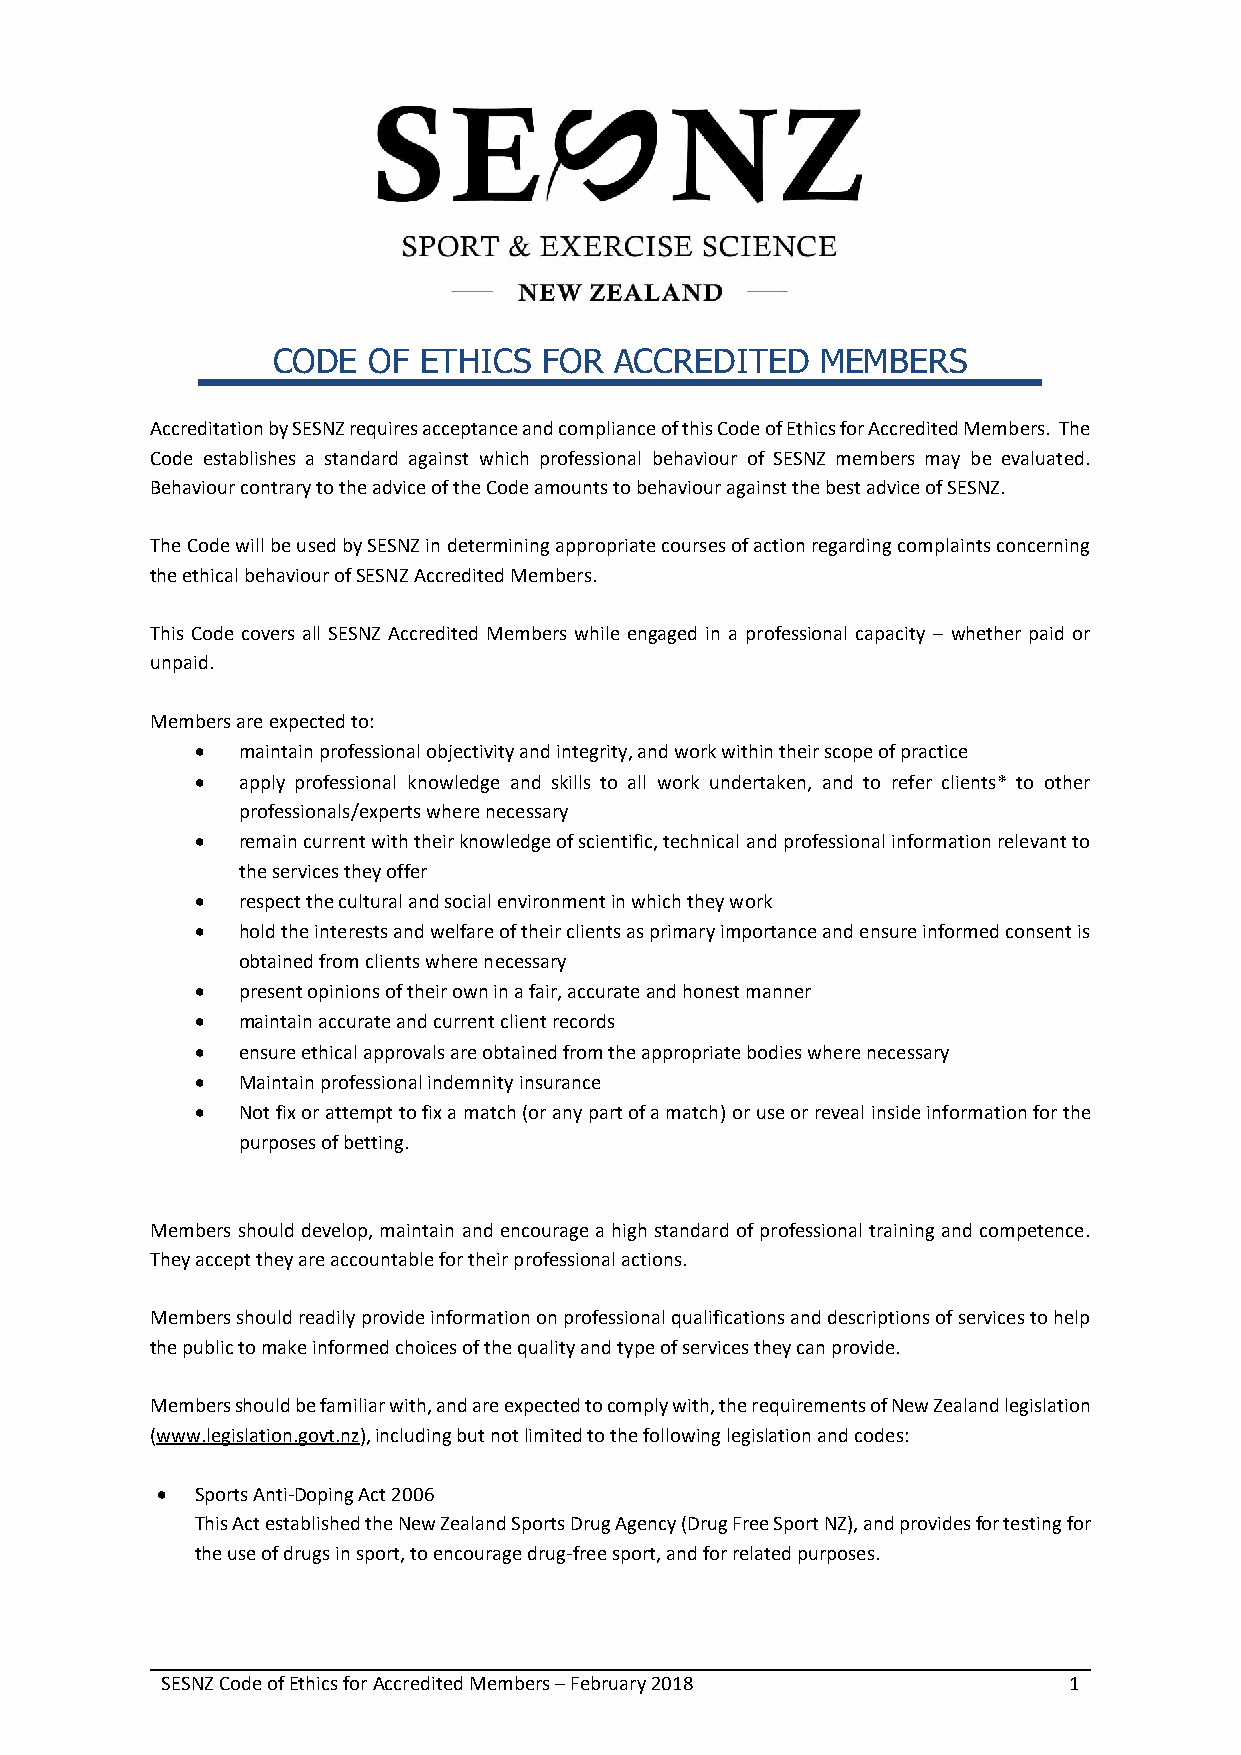
CODE  OF  ETHICS  FOR  ACCREDITED   MEMBERS
 Accreditation by SESNZ requires acceptance and compliance of this Code of Ethics for Accredited Members. The
 Code establishes a standard against which professional behaviour of SESNZ members may be evaluated.
 Behaviour contrary to the advice of the Code amounts to behaviour against the best advice of SESNZ.
 The Code will be used by SESNZ in determining appropriate courses of action regarding complaints concerning
 the ethical behaviour of SESNZ Accredited Members.
 This Code covers all SESNZ Accredited Members while engaged in a professional capacity – whether paid or
 unpaid.
 Members are expected to:
 •  maintain professional objectivity and integrity, and work within their scope of practice
 •  apply professional knowledge and skills to all work undertaken, and to refer clients* to other
 professionals/experts where necessary
 •  remain current with their knowledge of scientific, technical and professional information relevant to
 the services they offer
 •  respect the cultural and social environment in which they work
 •  hold the interests and welfare of their clients as primary importance and ensure informed consent is
 obtained from clients where necessary
 •  present opinions of their own in a fair, accurate and honest manner
 •  maintain accurate and current client records
 •  ensure ethical approvals are obtained from the appropriate bodies where necessary
 •  Maintain professional indemnity insurance
 •  Not fix or attempt to fix a match (or any part of a match) or use or reveal inside information for the
 purposes of betting.
 Members should develop, maintain and encourage a high standard of professional training and competence.
 They accept they are accountable for their professional actions.
 Members should readily provide information on professional qualifications and descriptions of services to help
 the public to make informed choices of the quality and type of services they can provide.
 Members should be familiar with, and are expected to comply with, the requirements of New Zealand legislation
 (www.legislation.govt.nz), including but not limited to the following legislation and codes:
 •  Sports Anti-Doping Act 2006
 This Act established the New Zealand Sports Drug Agency (Drug Free Sport NZ), and provides for testing for
 the use of drugs in sport, to encourage drug-free sport, and for related purposes.
 SESNZ Code of Ethics for Accredited Members – February 2018 1